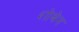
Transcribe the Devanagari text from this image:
शोबेन